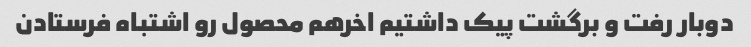
دوبار رفت و برگشت پیک داشتیم اخرهم محصول رو اشتباه فرستادن